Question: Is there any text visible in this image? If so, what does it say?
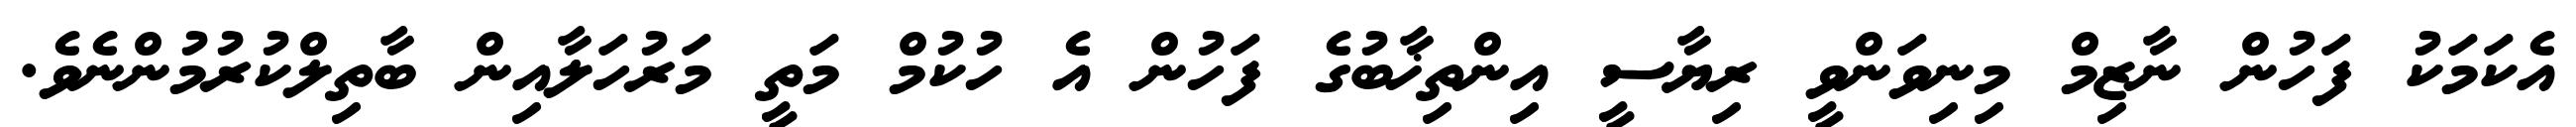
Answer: އެކަމަކު ފަހުން ނާޒިމް މިނިވަންވީ ރިޔާސީ އިންތިޚާބުގެ ފަހުން އެ ހުކުމް މަތީ މަރުހަލާއިން ބާތިލްކުރުމުންނެވެ.